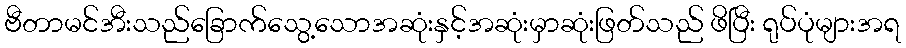
ဗီတာမင်အီးသည်ခြောက်သွေ့သောအဆုံးနှင့်အဆုံးမှာဆုံးဖြတ်သည် ဖိပြီး ရုပ်ပုံများအရ